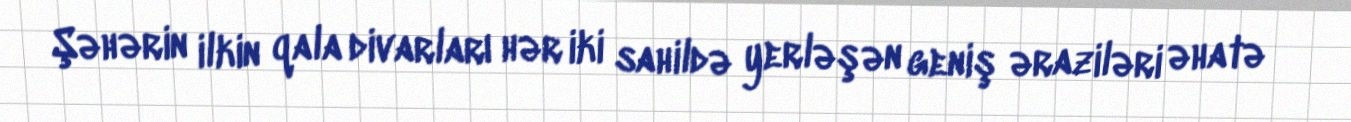
Şəhərin ilkin qala divarları hər iki sahildə yerləşən geniş əraziləri əhatə